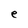
Character: e